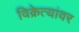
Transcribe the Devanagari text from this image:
विक्रेत्यांवर